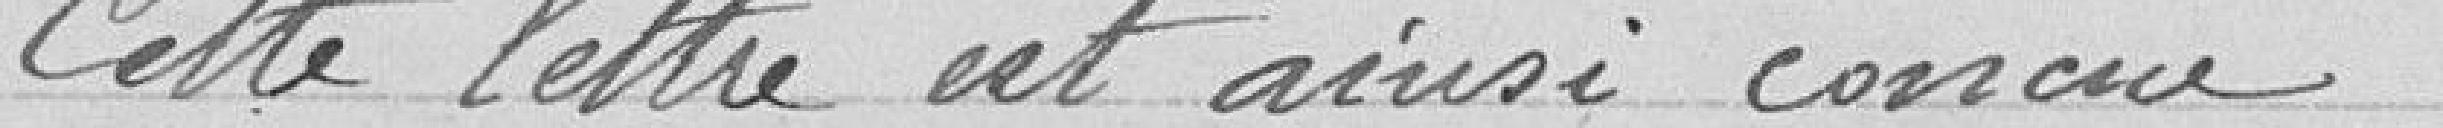
Cette lettre est ainsi conçu